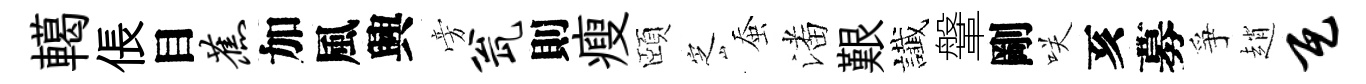
轕倀目蕉加風興旁瓮則瘦頤㝎蚕潘艱䜟鞶剛咲亥募爭趙瓦